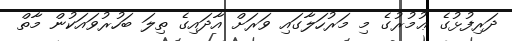
ދަރިފުޅުގެ ޢުމުރުގެ މި މަރުހަލާގައި ވަރަށް އާދައިގެ ތިލަ ބަހުރުވައަކުން މާތް